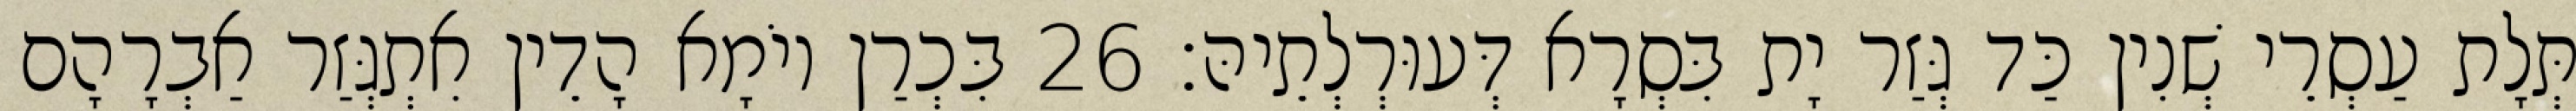
תְּלָת עַסְרֵי שְׁנִין כַּד גְּזַר יָת בִּסְרָא דְּעוּרְלְתֵיהּ׃ 26 בִּכְרַן יוֹמָא הָדֵין אִתְגְּזַר אַבְרָהָם